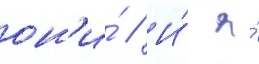
он'и́ // И́ я́